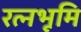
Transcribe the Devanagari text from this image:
रत्नभूमि